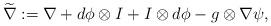
LaTeX: \begin{align*}\widetilde \nabla:=\nabla+d\phi\otimes I+I\otimes d\phi-g\otimes \nabla \psi,\end{align*}